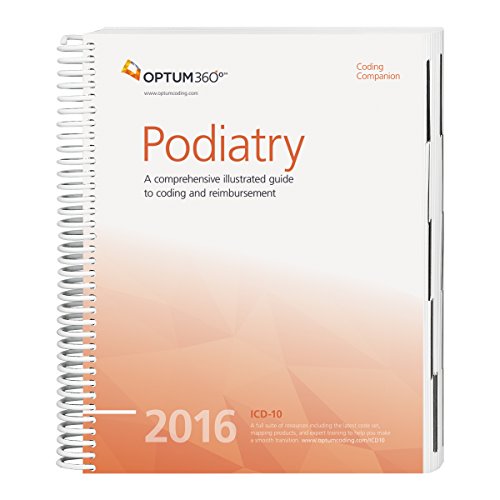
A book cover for Coding CompanionÂ® for Podiatry 2016; Optum360; Medical Books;